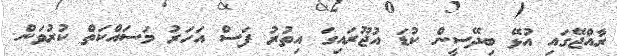
ރާއްޖޭގައި އުޅޭ ބިދޭސީން ކުޑަ އުޖޫރައިގަ އިތުރު ފަސް އަހަރު މަސައްކަތް ކުރުވަން